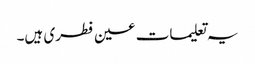
یہ تعلیمات عین فطری ہیں۔